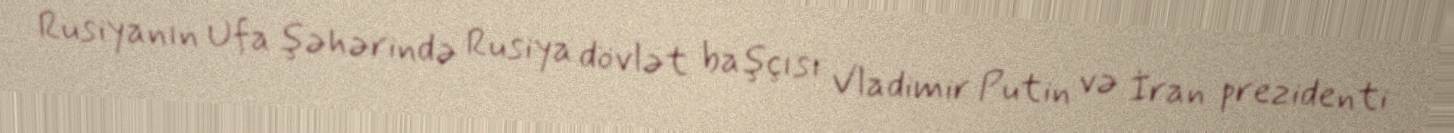
Rusiyanın Ufa şəhərində Rusiya dövlət başçısı Vladimir Putin və İran prezidenti